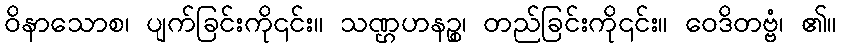
ဝိနာသောစ၊ ပျက်ခြင်းကို၎င်း။ သဏ္ဌဟနဉ္စ၊ တည်ခြင်းကို၎င်း။ ဝေဒိတဗ္ဗံ၊ ၏။